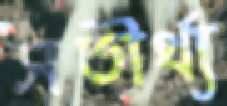
সতীর্থ্য